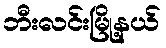
ဘီးလင်းမြို့နယ်